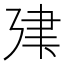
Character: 𢌤